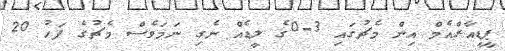
ޕީޑީއާރްއެމް އިން މެޗުގައި 3-0ގެ ލީޑެއް ނެގި ނަމަވެސް މެޗުގެ ފަހު 20